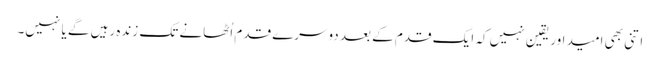
اتنی بھی امید اور یقین نہیں کہ ایک قدم کے بعد دوسرے قدم اُٹھانے تک زندہ رہیں گے یا نہیں۔